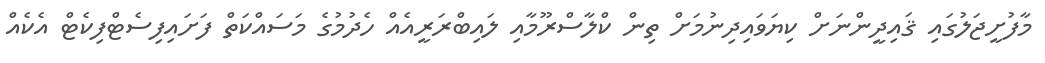
މާފުށީޖަލުގައި ޤައިދީންނަށް ކިޔަވައިދިނުމަށް ތިން ކްލާސްރޫމާއި ލައިބްރަރީއެއް ހެދުމުގެ މަސައްކަތް ފަށައިފިސެޓްފިކެޓް އެކެއް